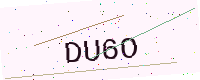
Text: DU6O